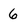
Character: 6